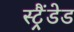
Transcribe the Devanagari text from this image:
स्ट्रैंडेड